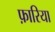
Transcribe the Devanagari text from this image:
फ़ारिया